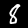
Label: 8